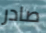
صادر